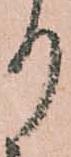
り